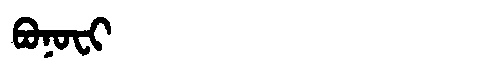
Manchu: ᠪᠣᠨᠣᠸᡳ
Romanization: BONOFI